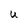
Character: U